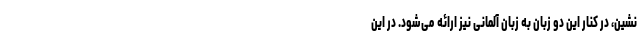
نشین، در کنار این دو زبان به زبان آلمانی نیز ارائه می‌شود. در این